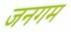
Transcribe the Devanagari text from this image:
जनगम